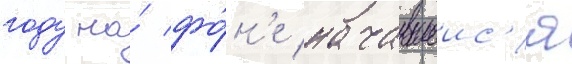
году на́ фо́н'е начавшеис'я